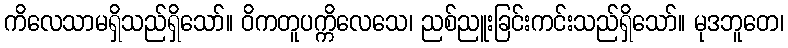
ကိလေသာမရှိသည်ရှိသော်။ ဝိကတူပက္ကိလေသေ၊ ညစ်ညူးခြင်းကင်းသည်ရှိသော်။ မုဒဘူတေ၊